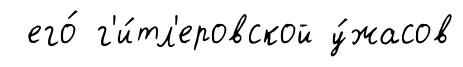
его́ г'и́тл'еровской у́жасов